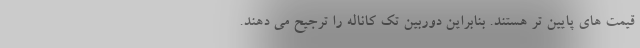
قیمت های پایین تر هستند. بنابراین دوربین تک کاناله را ترجیح می دهند.